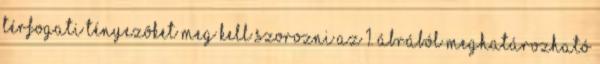
térfogati tényezõket meg kell szorozni az 1. ábrából meghatározható